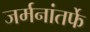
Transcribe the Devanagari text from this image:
जर्मनांतर्फे